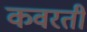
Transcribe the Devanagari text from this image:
कवरती